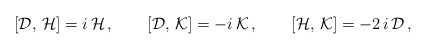
\begin{align*}[{\cal D},\,{\cal H} ]=i\,{\cal H}\,,\qquad [{\cal D},\,{\cal K}]=-i\,{\cal K}\,,\qquad [{\cal H},\,{\cal K}]=-2\,i\,{\cal D}\,,\end{align*}